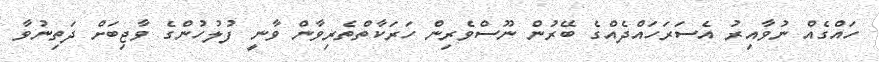
ހައްގެއް ނުވާއިރު އެސަރަހައްދެއްގެ ބޭރުން ނޫސްވެރިން ހަރަކާތްތެރިވާން ވާނީ ފުލުހުންގެ ވާޖިބަށް ދަތިނުވާ